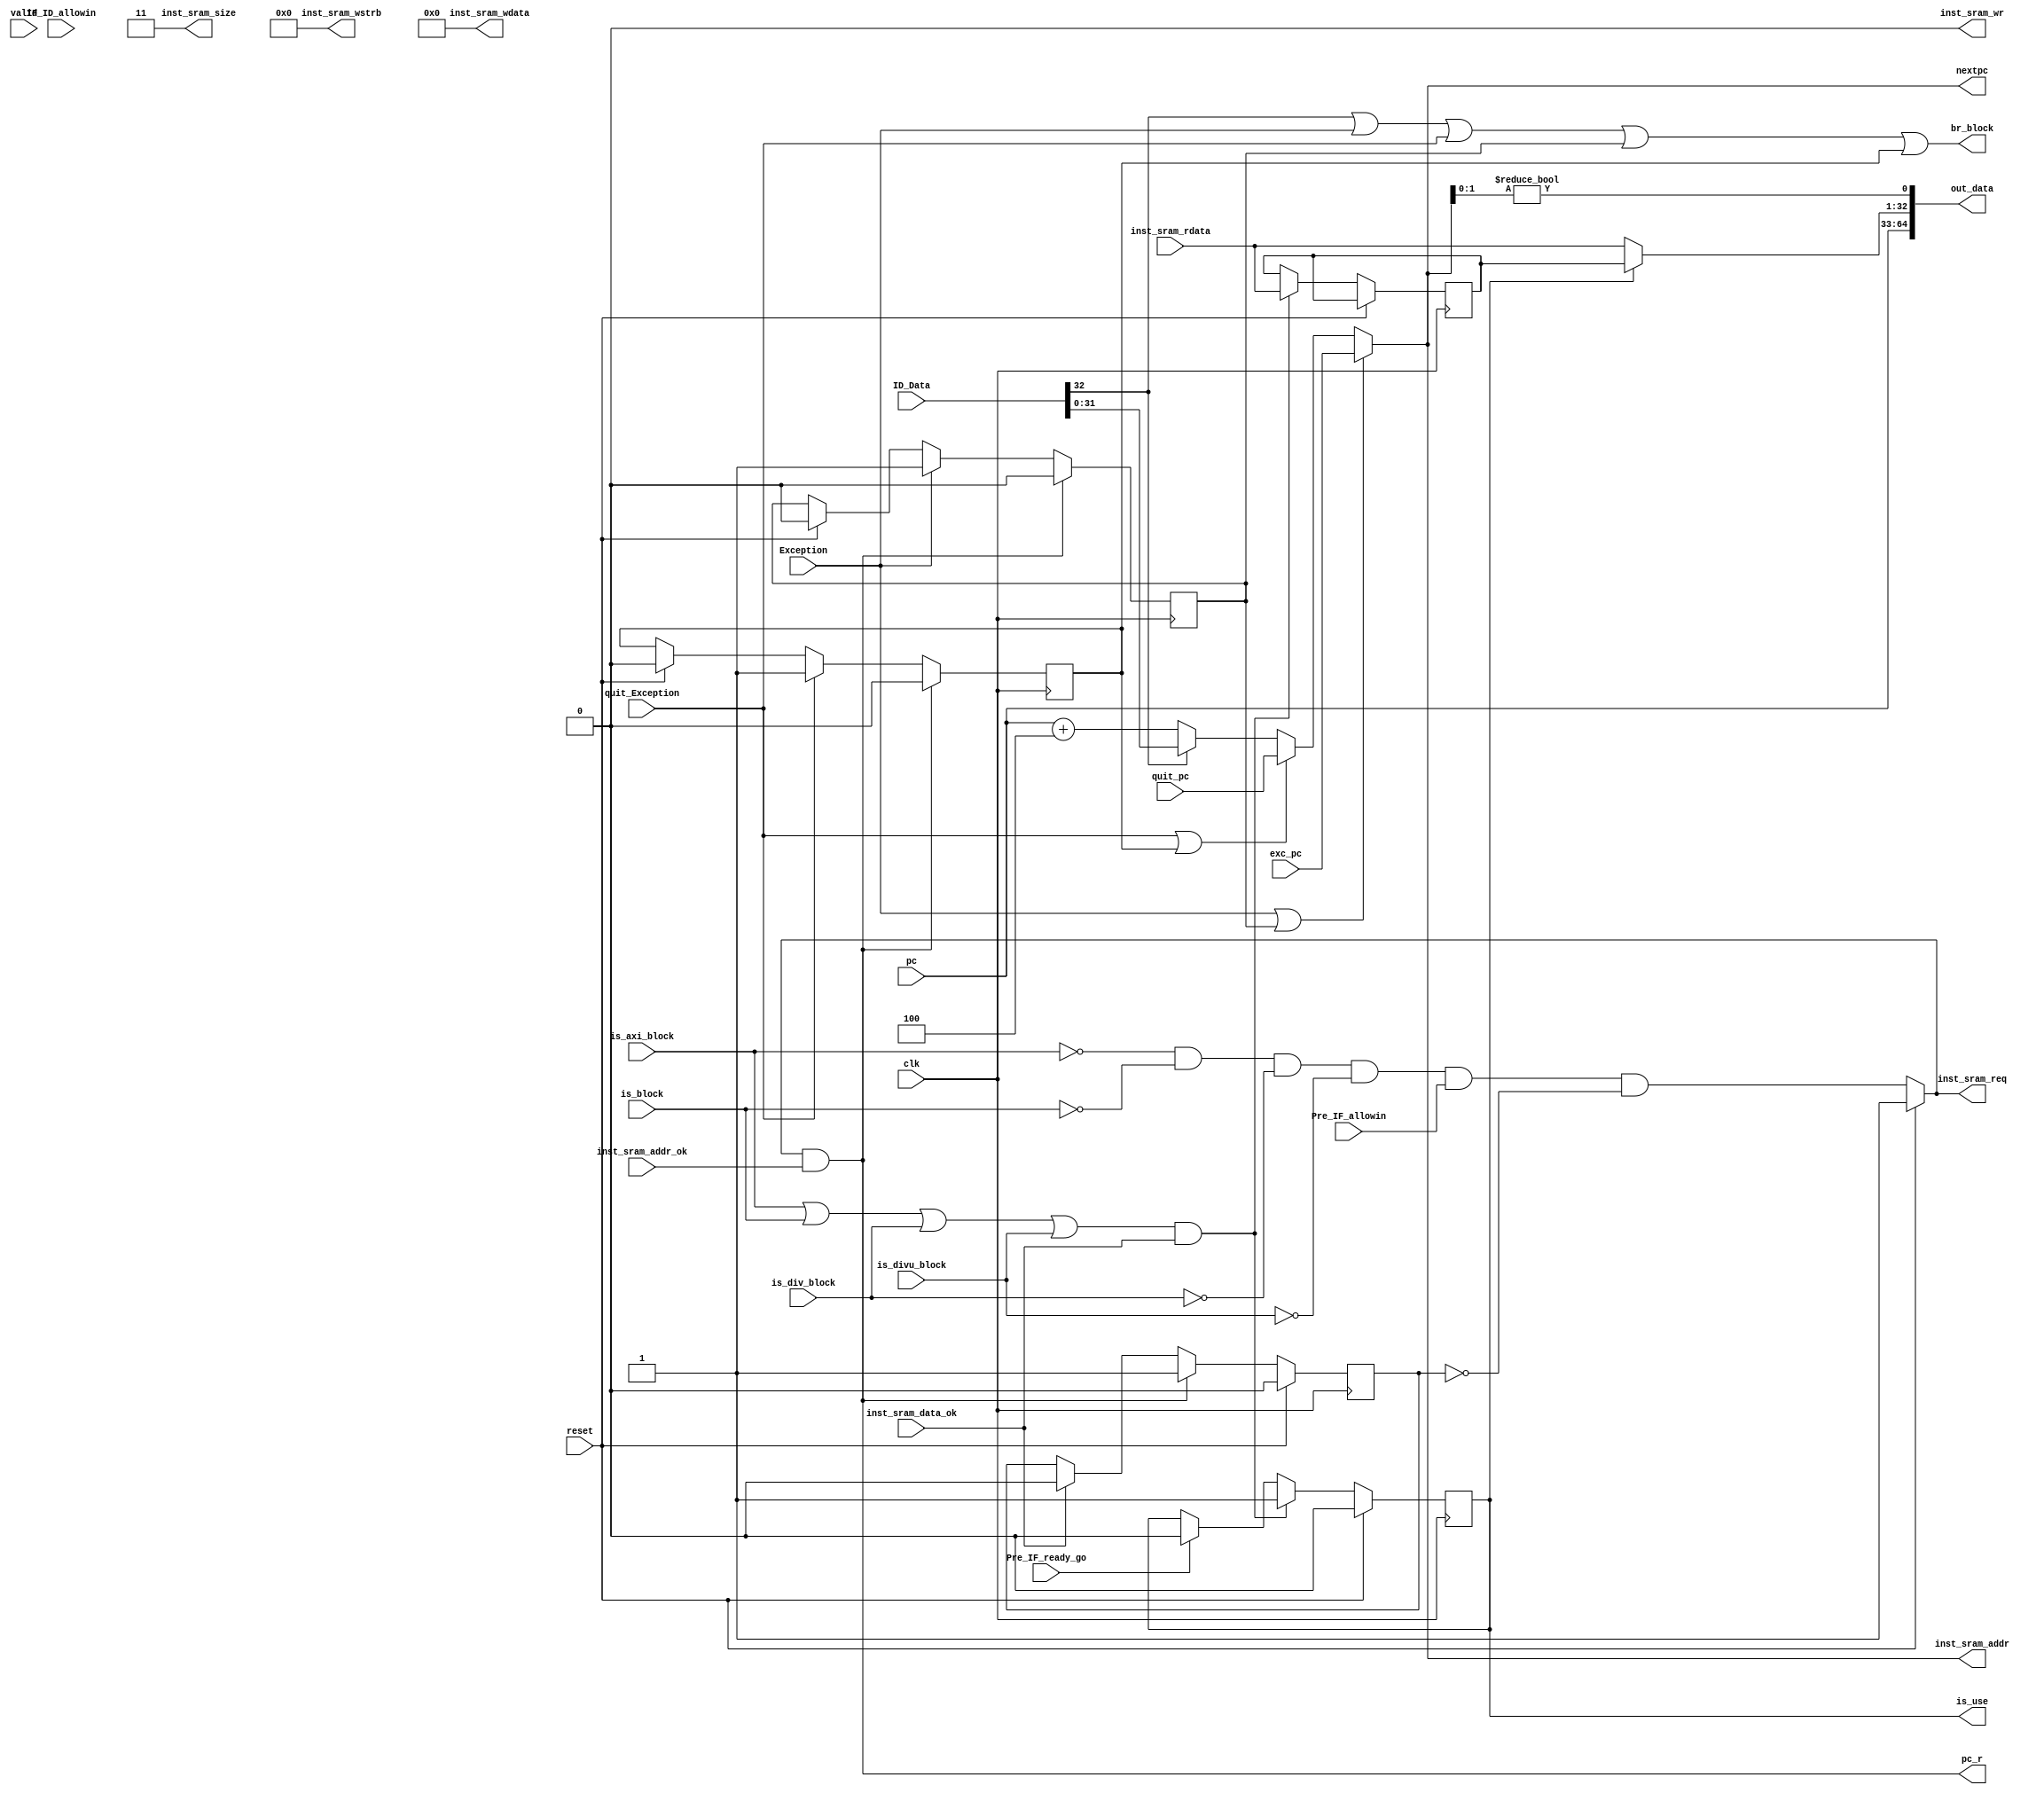
module IF_reg(
input           clk,
input           reset,
input           valid,

input           Pre_IF_ready_go,
input           Exception,
input [31:0]    exc_pc,

input           quit_Exception,
input [31:0]    quit_pc,

input [32:0]    ID_Data,

input [31:0]    pc,
input [31:0]    inst_sram_rdata,

input           is_block,
input           is_div_block,
input           is_divu_block,
input           is_axi_block,
output          br_block,

output  [31:0]  nextpc,
output          pc_r,

input               IF_ID_allowin,
output wire         inst_sram_req,
output wire         inst_sram_wr,
output wire  [1:0]  inst_sram_size,
output wire  [3:0]  inst_sram_wstrb,
output wire [31:0]  inst_sram_addr,
output wire [31:0]  inst_sram_wdata,
input  wire         inst_sram_addr_ok,
input  wire         inst_sram_data_ok,

output  reg         is_use,

input               Pre_IF_allowin,

output [64:0]   out_data
);

wire         br_taken;
wire  [31:0] br_target;

wire         is_adef;
reg          csr_in_pc_use;
reg          csr_out_pc_use;
reg          is_inst_block;
assign {
    br_taken,
    br_target
}=ID_Data;

assign br_block = br_taken | Exception | quit_Exception | csr_in_pc_use | csr_out_pc_use;

assign pc_r           = inst_sram_addr_ok & inst_sram_req;
                            
assign nextpc = ((Exception | csr_in_pc_use) ? exc_pc :
                            (quit_Exception | csr_out_pc_use) ? quit_pc : 
                                            (br_taken ? br_target : pc+4));

assign inst_sram_req = reset ? 1'b1 : (!is_axi_block & !is_block & !is_div_block & !is_divu_block & Pre_IF_allowin & !is_inst_block);
assign inst_sram_wr  = 1'b0;
assign inst_sram_size = 2'b11;
assign inst_sram_addr = nextpc;
assign inst_sram_wstrb = 1'b0;
assign inst_sram_wdata = 32'h0000_0000;

always @(posedge clk) begin
    if (reset) begin
        is_inst_block = 1'b0;
    end else if (pc_r) begin
        is_inst_block = 1'b1;
    end else if (inst_sram_data_ok) begin
        is_inst_block = 1'b0;
    end
end


always @(posedge clk) begin
    if(reset) begin
        csr_in_pc_use = 1'b0;
    end
    if(Exception) begin
        csr_in_pc_use = 1'b1;
    end
    if (inst_sram_req & inst_sram_addr_ok) begin
        csr_in_pc_use = 1'b0;
    end
end


always @(posedge clk) begin
    if(reset) begin
        csr_out_pc_use = 1'b0;
    end
    if(quit_Exception) begin
        csr_out_pc_use = 1'b1;
    end
    if (inst_sram_req & inst_sram_addr_ok) begin
        csr_out_pc_use = 1'b0;
    end
end

reg [31:0] is_use_inst; 
wire    [31:0] inst;

always @(posedge clk) begin
    if (reset) begin
        is_use = 1'b0;
    end else if ((is_axi_block | is_block | is_div_block | is_divu_block) & inst_sram_data_ok) begin
        is_use = 1'b1;
        is_use_inst = inst_sram_rdata;
    end else if (Pre_IF_ready_go) begin
        is_use = 1'b0;
    end
end

assign inst = is_use ? is_use_inst : inst_sram_rdata;

// assign inst_sram_addr = nextpc;
// assign inst_sram_en   = reset ? 1'b1 : ((!is_block & !is_div_block & !is_divu_block) | Exception);
// assign inst_sram_we   = 1'b0;
// assign inst_sram_wdata = 32'h0000_0000;

assign is_adef = (nextpc[1:0] != 0);

assign out_data = {
    pc,
    inst,
    is_adef
};
endmodule